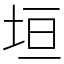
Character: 垣